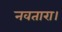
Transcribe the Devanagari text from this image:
नवतारा।